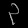
Digit: ၃